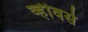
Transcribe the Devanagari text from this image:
व्हीवर्स